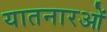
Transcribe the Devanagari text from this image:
यातनारओं